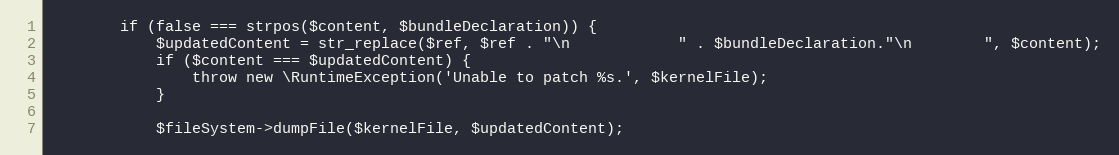
Language: PHP
        if (false === strpos($content, $bundleDeclaration)) {
            $updatedContent = str_replace($ref, $ref . "\n            " . $bundleDeclaration."\n        ", $content);
            if ($content === $updatedContent) {
                throw new \RuntimeException('Unable to patch %s.', $kernelFile);
            }

            $fileSystem->dumpFile($kernelFile, $updatedContent);